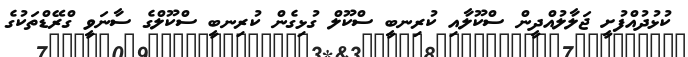
ކުޅުދުއްފުށީ ޖަލާލުއްދީން ސްކޫލާއި ކުރިނބީ ސްކޫލް ގުޅިގެން ކުރިނބީ ސްކޫލްގެ ސާނަވީ ގްރޭޑްތަކުގެ